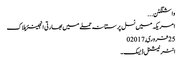
واشنگٹن ...
امریکہ میں نسل پرستانہ حملے میں بھارتی انجینئر ہلاک
25 فروری,2017	0
انٹر نیشنل ڈیسک۔